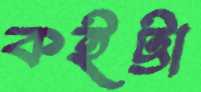
কইট্টা